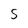
Character: S